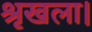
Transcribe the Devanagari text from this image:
श्रृखला।